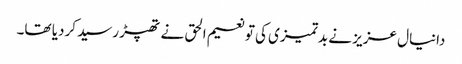
دانیال عزیز نے بدتمیزی کی تو نعیم الحق نے تھپڑ رسید کردیا تھا۔